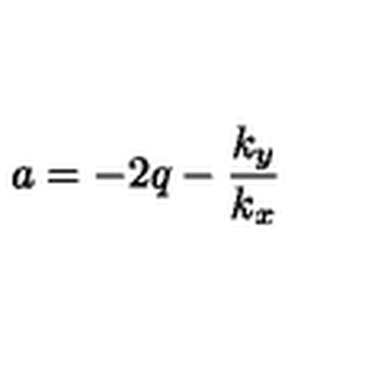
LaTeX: a = - 2 q - { \frac { k _ { y } } { k _ { x } } }